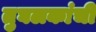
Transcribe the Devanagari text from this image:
तुघलकांची